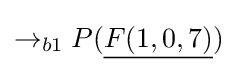
\rightarrow _{b1}P({\underline {F(1,0,7)}})